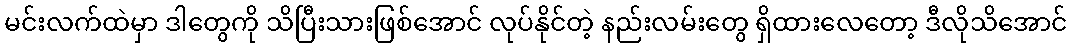
မင်းလက်ထဲမှာ ဒါတွေကို သိပြီးသားဖြစ်အောင် လုပ်နိုင်တဲ့ နည်းလမ်းတွေ ရှိထားလေတော့ ဒီလိုသိအောင်